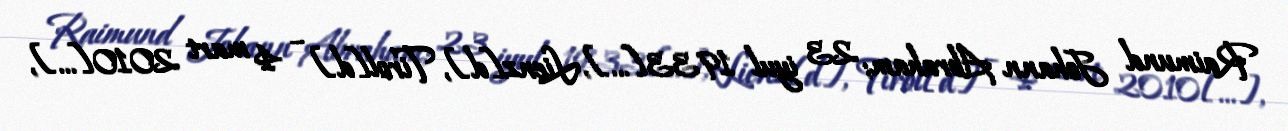
Raimund Johann Abraham; 23 iyul 1933[…], Lienz[d], Tirol[d] – 4 mart 2010[…],